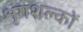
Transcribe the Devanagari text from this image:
शृंगशल्कों